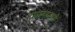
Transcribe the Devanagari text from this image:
गाळातली